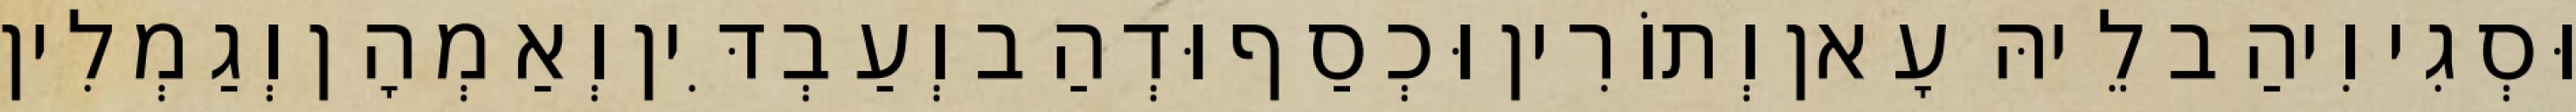
וּסְגִי וִיהַב לֵיהּ עָאן וְתוֹרִין וּכְסַף וּדְהַב וְעַבְדִּין וְאַמְהָן וְגַמְלִין